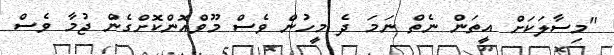
"މިސާލަކަށް އީތަން ނެތް ނަމަ ދެ މީހުން ވެސް މޫވްއޮންކޮށްގެން ޖުމާ ވެސް